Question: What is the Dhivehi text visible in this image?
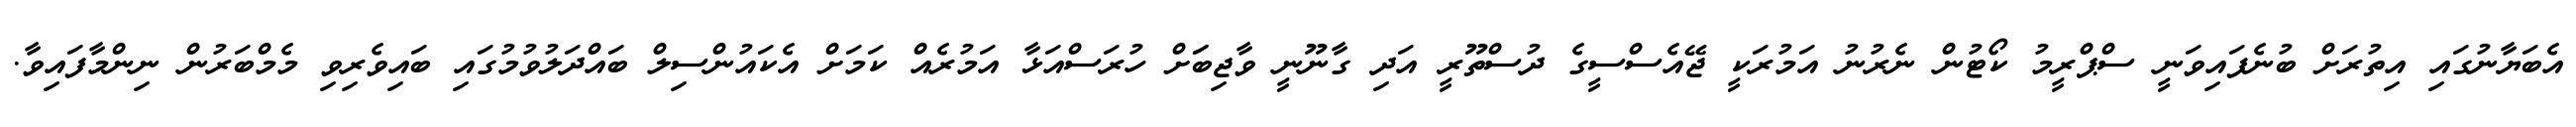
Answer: އެބަޔާނުގައި އިތުރަށް ބުނެފައިވަނީ ސްޕްރީމު ކޯޓުން ނެރުނު އަމުރަކީ ޖޭއެސްސީގެ ދުސްތޫރީ އަދި ގާނޫނީ ވާޖިބަަށް ހުރަސްއަޅާ އަމުރެއް ކަމަށް އެކައުންސިލް ބައްދަލުވުމުގައި ބައިވެރިވި މެމްބަރުން ނިންމާފައިވާ.